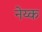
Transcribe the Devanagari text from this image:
नेय्क